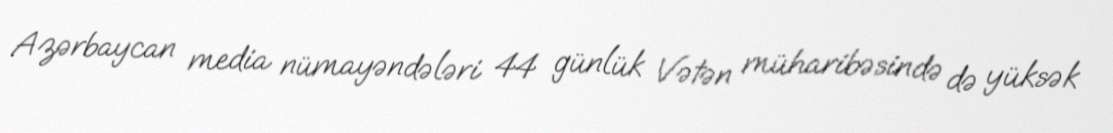
Azərbaycan media nümayəndələri 44 günlük Vətən müharibəsində də yüksək